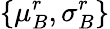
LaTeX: \{ \mu_{B}^{r},\sigma_{B}^{r}\}